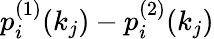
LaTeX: p_{i}^{(1)}(k_{j})-p_{i}^{(2)}(k_{j})